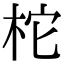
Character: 柁